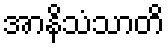
အာနိသံသာတိ